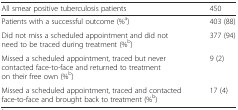
<table><thead><tr><td><b>All smear positive tuberculosis patients</b></td><td><b>450</b></td></tr></thead><tbody><tr><td>Patients with a successful outcome (%<sup>a</sup>)</td><td>403 (88)</td></tr><tr><td>Did not miss a scheduled appointment and did not need to be traced during treatment (%<sup>b</sup>)</td><td>377 (94)</td></tr><tr><td>Missed a scheduled appointment, traced but never contacted face-to-face and returned to treatment on their free own (%<sup>b</sup>)</td><td>9 (2)</td></tr><tr><td>Missed a scheduled appointment, traced and contacted face-to-face and brought back to treatment (%<sup>b</sup>)</td><td>17 (4)</td></tr></tbody></table>